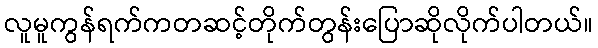
လူမူကွန်ရက်ကတဆင့်တိုက်တွန်းပြောဆိုလိုက်ပါတယ်။